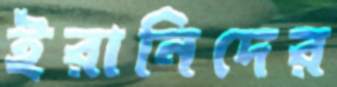
ইরানিদের